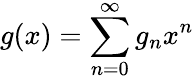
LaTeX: g(x)=\sum_{n=0}^{\infty}g_{n}x^{n}